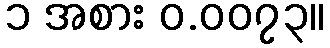
၁ အစား ဝ.၀၀၇၃။